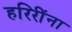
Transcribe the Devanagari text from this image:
हरिरींना